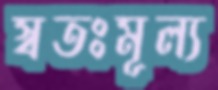
স্বতঃমূল্য